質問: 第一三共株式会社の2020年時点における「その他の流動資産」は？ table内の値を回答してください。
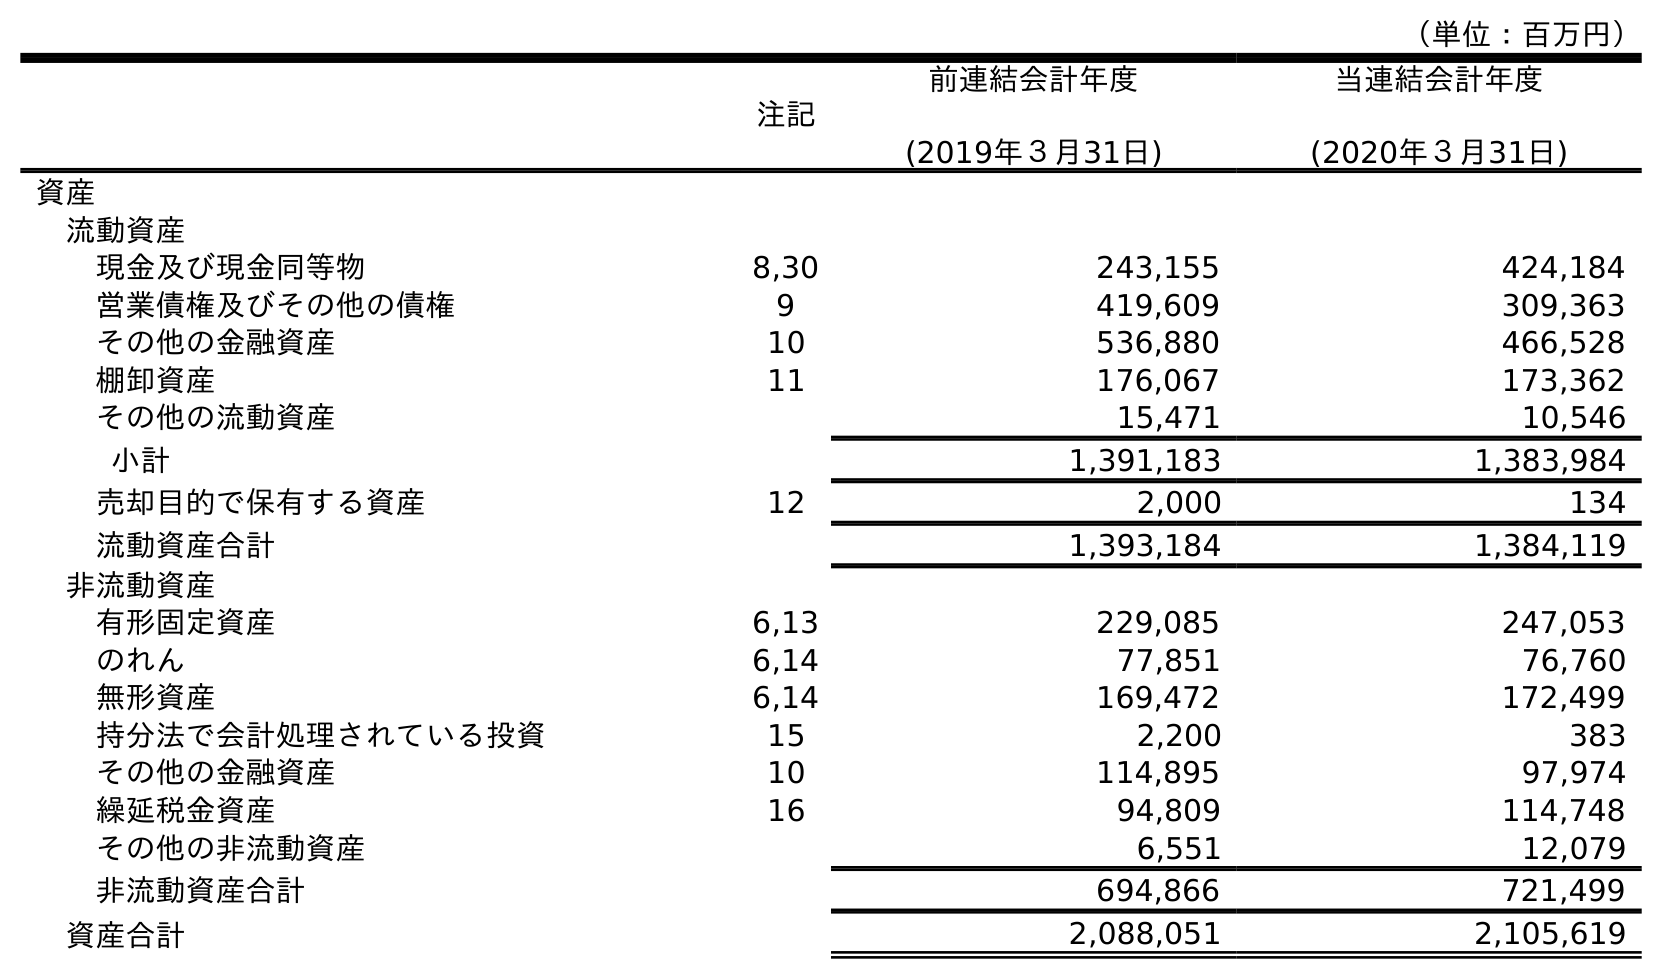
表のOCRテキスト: （単位：百万円） 注記 前連結会計年度 (2019年３月31日) 当連結会計年度 (2020年３月31日) 資産 流動資産 現金及び現金同等物 8,30 243,155 424,184 営業債権及びその他の債権 9 419,609 309,363 その他の金融資産 10 536,880 466,528 棚卸資産 11 176,067 173,362 その他の流動資産 15,471 10,546 小計 1,391,183 1,383,984 売却目的で保有する資産 12 2,000 134 流動資産合計 1,393,184 1,384,119 非流動資産 有形固定資産 6,13 229,085 247,053 のれん 6,14 77,851 76,760 無形資産 6,14 169,472 172,499 持分法で会計処理されている投資 15 2,200 383 その他の金融資産 10 114,895 97,974 繰延税金資産 16 94,809 114,748 その他の非流動資産 6,551 12,079 非流動資産合計 694,866 721,499 資産合計 2,088,051 2,105,619
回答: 10,546